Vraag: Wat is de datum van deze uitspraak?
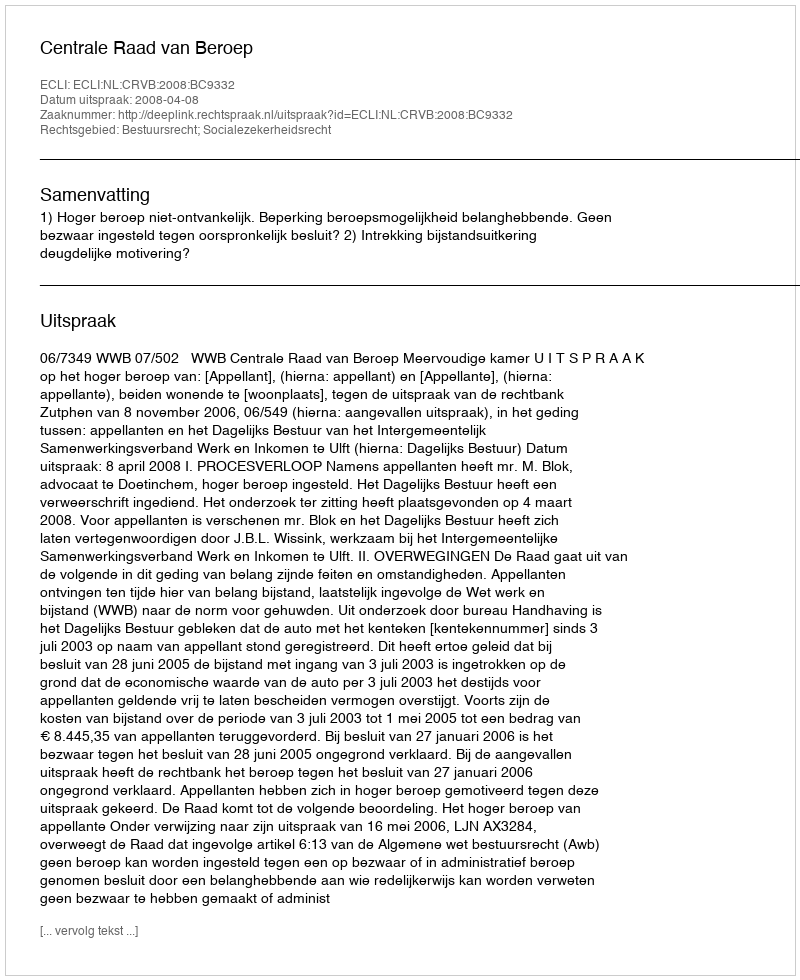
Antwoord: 2008-04-08